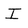
Character: I